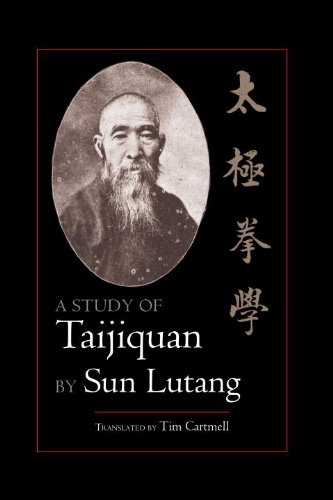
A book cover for A Study of Taijiquan; Sun Lutang; Health, Fitness & Dieting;